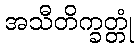
အသီတိက္ခတ္တုံ